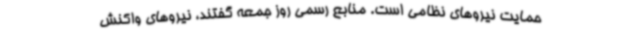
حمایت نیروهای نظامی است. منابع رسمی روز جمعه گفتند، نیروهای واکنش